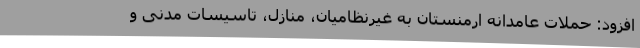
افزود: حملات عامدانه ارمنستان به غیرنظامیان، منازل، تاسیسات مدنی و